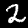
Label: 2